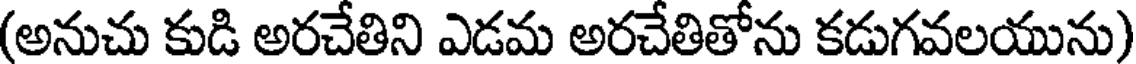
(అనుచు కుడి అరచేతిని ఎడమ అరచేతితోను కడుగవలయును)